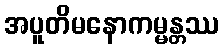
အပူတိမနောကမ္မန္တဿ